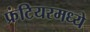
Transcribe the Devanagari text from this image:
फ्रंटियरमध्ये